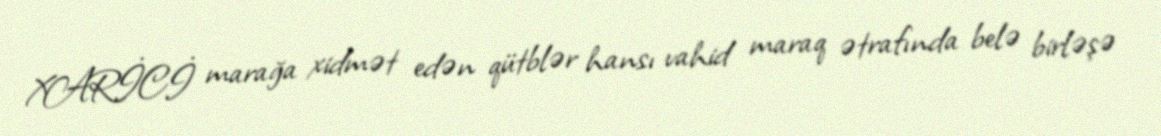
XARİCİ marağa xidmət edən qütblər hansı vahid maraq ətrafında belə birləşə